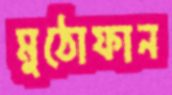
মুঠোফান